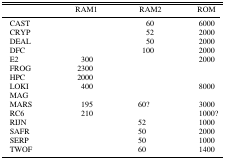
<table><thead><tr><td></td><td><b>RAM1</b></td><td><b>RAM2</b></td><td><b>ROM</b></td></tr></thead><tbody><tr><td>CAST</td><td></td><td>60</td><td>6000</td></tr><tr><td>CRYP</td><td></td><td>52</td><td>2000</td></tr><tr><td>DEAL</td><td></td><td>50</td><td>2000</td></tr><tr><td>DFC</td><td></td><td>100</td><td>2000</td></tr><tr><td>E2</td><td>300</td><td></td><td>2000</td></tr><tr><td>FROG</td><td>2300</td><td></td><td></td></tr><tr><td>HPC</td><td>2000</td><td></td><td></td></tr><tr><td>LOKI</td><td>400</td><td></td><td>8000</td></tr><tr><td>MAG</td><td></td><td></td><td></td></tr><tr><td>MARS</td><td>195</td><td>60?</td><td>3000</td></tr><tr><td>RC6</td><td>210</td><td></td><td>1000?</td></tr><tr><td>RIJN</td><td></td><td>52</td><td>1000</td></tr><tr><td>SAFR</td><td></td><td>50</td><td>2000</td></tr><tr><td>SERP</td><td></td><td>50</td><td>1000</td></tr><tr><td>TWOF</td><td></td><td>60</td><td>1400</td></tr></tbody></table>